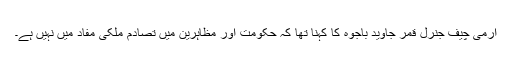
آرمی چیف جنرل قمر جاوید باجوہ کا کہنا تھا کہ حکومت اور مظاہرین میں تصادم ملکی مفاد میں نہیں ہے۔